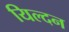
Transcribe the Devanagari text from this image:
यिल्दन